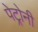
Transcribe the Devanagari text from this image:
पेट्रोनी